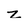
Character: z